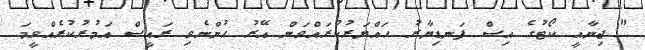
" ޖިނާއީ ކޯޓުގެ އިސް ފަނޑިޔާރު ހައްޔަރުކުރައްވަން އޭރު ހުންނެވި ރައީސް އަމުރުކުރެއްވީމަ